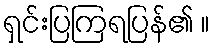
ရှင်းပြကြရပြန်၏ ။